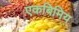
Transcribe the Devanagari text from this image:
एकबिमिय